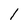
Character: l